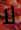
لا